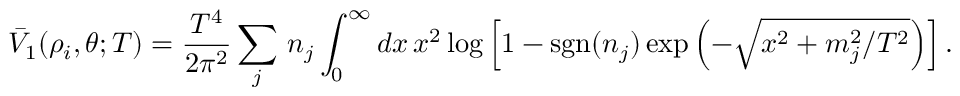
{ \bar { V } } _ { 1 } ( \rho _ { i } , \theta ; T ) = { \frac { T ^ { 4 } } { 2 \pi ^ { 2 } } } \sum _ { j } \, n _ { j } \int _ { 0 } ^ { \infty } d x \, x ^ { 2 } \log \left[ 1 - \mathrm { s g n } ( n _ { j } ) \exp \left( - \sqrt { x ^ { 2 } + m _ { j } ^ { 2 } / T ^ { 2 } } \right) \right] .